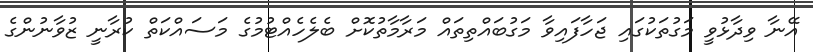
އޭނާ ވިދާޅުވީ މަގުތަކުގައި ޖަހާފައިވާ މަގުބައްތިތައް މަރާމާތުކޮށް ބެލެހެއްޓުމުގެ މަސައްކަތް ކުރާނީ ޒުވާނުންގެ